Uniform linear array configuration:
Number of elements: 12
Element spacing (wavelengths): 0.25
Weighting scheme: blackman
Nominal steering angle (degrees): -30
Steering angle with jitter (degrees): -31.79
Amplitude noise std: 0.05
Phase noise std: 0.05

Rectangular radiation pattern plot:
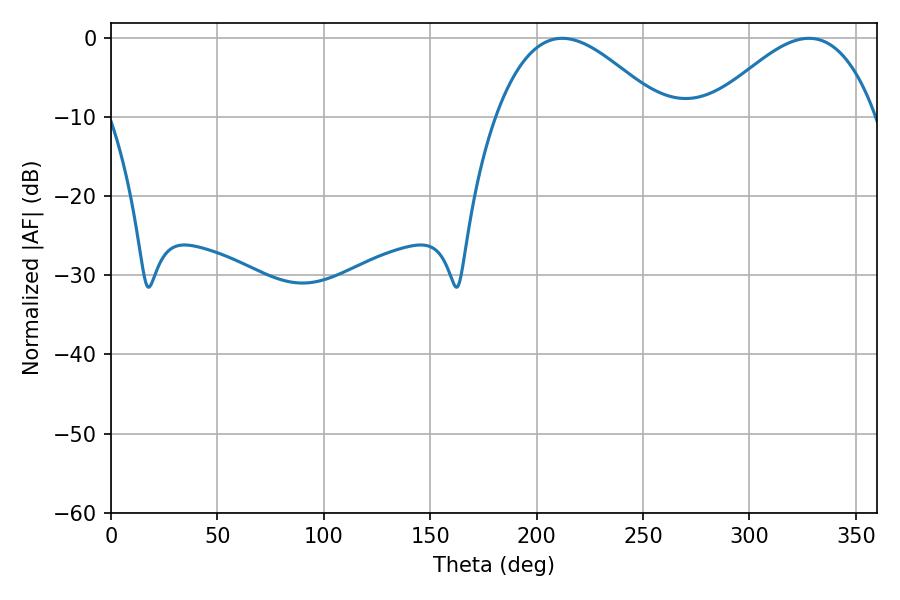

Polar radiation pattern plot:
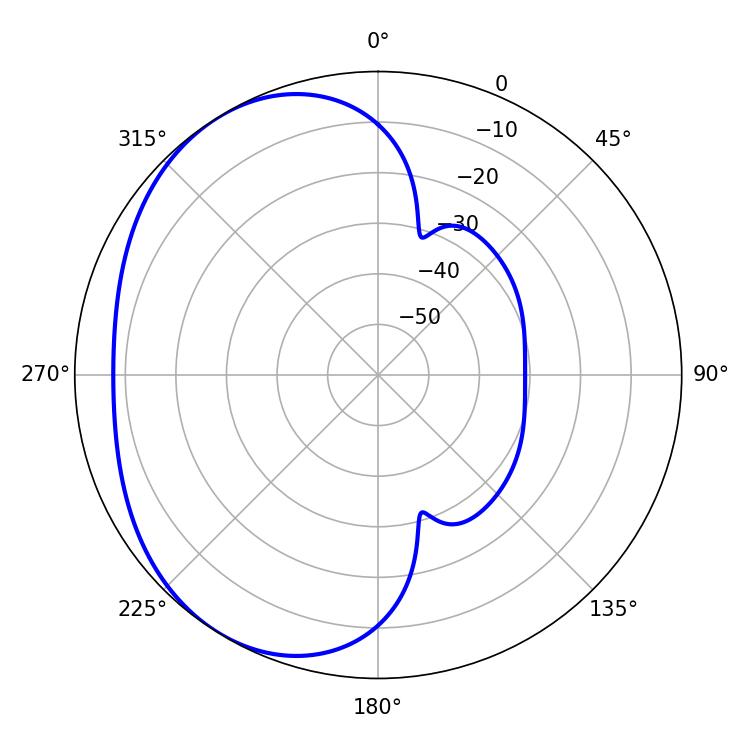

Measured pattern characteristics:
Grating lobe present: FALSE
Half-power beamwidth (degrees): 42.3
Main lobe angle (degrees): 212.04